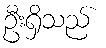
ဦးရှိသည်